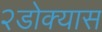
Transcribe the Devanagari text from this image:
२डोक्यास